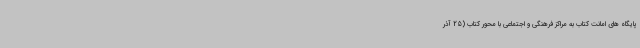
پایگاه های امانت کتاب به مراکز فرهنگی و اجتماعی با محور کتاب (25 آذر